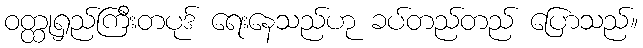
ဝတ္ထုရှည်ကြီးတပုဒ် ရေးနေသည်ဟု ခပ်တည်တည် ပြောသည်။